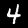
Digit: 4